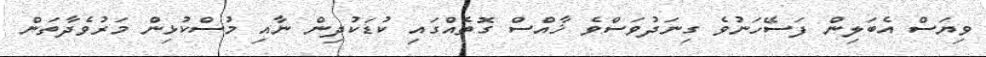
ވިޔަސް އެބަލިން ފަސޭހަނުވެ ގިނަދުވަސްވެ ޚާއްސް ގޮތެއްގައި ކުޑަކުދިން ނާއި މުސްކުޅިން މަރުވެދާތަން